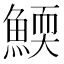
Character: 𩹓